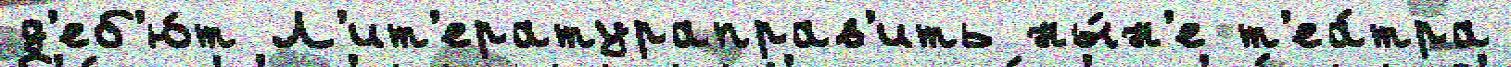
д'еб'ю́т Л'ит'ератураправ'ить ны́н'е т'еа́тра